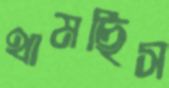
থামছিস